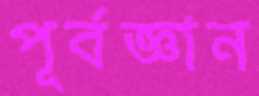
পূর্বজ্ঞান